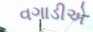
વગાડીએ